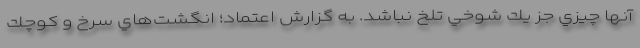
آنها چيزي جز يك شوخي تلخ نباشد. به گزارش اعتماد؛ انگشت‌هاي سرخ و كوچك